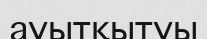
ауытқытуы